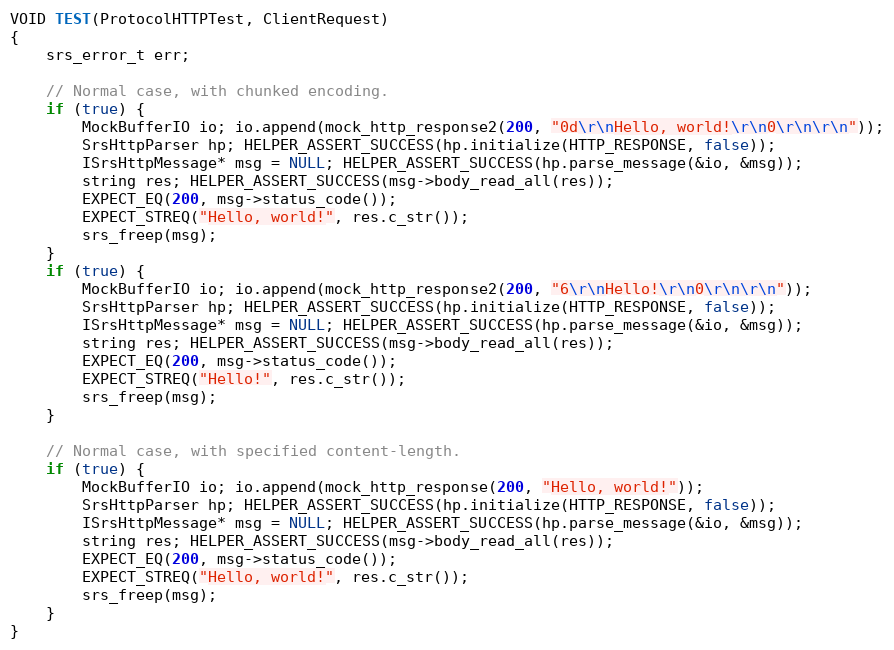
Language: C++
VOID TEST(ProtocolHTTPTest, ClientRequest)
{
    srs_error_t err;

    // Normal case, with chunked encoding.
    if (true) {
        MockBufferIO io; io.append(mock_http_response2(200, "0d\r\nHello, world!\r\n0\r\n\r\n"));
        SrsHttpParser hp; HELPER_ASSERT_SUCCESS(hp.initialize(HTTP_RESPONSE, false));
        ISrsHttpMessage* msg = NULL; HELPER_ASSERT_SUCCESS(hp.parse_message(&io, &msg));
        string res; HELPER_ASSERT_SUCCESS(msg->body_read_all(res));
        EXPECT_EQ(200, msg->status_code());
        EXPECT_STREQ("Hello, world!", res.c_str());
        srs_freep(msg);
    }
    if (true) {
        MockBufferIO io; io.append(mock_http_response2(200, "6\r\nHello!\r\n0\r\n\r\n"));
        SrsHttpParser hp; HELPER_ASSERT_SUCCESS(hp.initialize(HTTP_RESPONSE, false));
        ISrsHttpMessage* msg = NULL; HELPER_ASSERT_SUCCESS(hp.parse_message(&io, &msg));
        string res; HELPER_ASSERT_SUCCESS(msg->body_read_all(res));
        EXPECT_EQ(200, msg->status_code());
        EXPECT_STREQ("Hello!", res.c_str());
        srs_freep(msg);
    }

    // Normal case, with specified content-length.
    if (true) {
        MockBufferIO io; io.append(mock_http_response(200, "Hello, world!"));
        SrsHttpParser hp; HELPER_ASSERT_SUCCESS(hp.initialize(HTTP_RESPONSE, false));
        ISrsHttpMessage* msg = NULL; HELPER_ASSERT_SUCCESS(hp.parse_message(&io, &msg));
        string res; HELPER_ASSERT_SUCCESS(msg->body_read_all(res));
        EXPECT_EQ(200, msg->status_code());
        EXPECT_STREQ("Hello, world!", res.c_str());
        srs_freep(msg);
    }
}